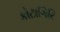
કોટાગિરિ